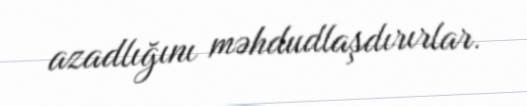
azadlığını məhdudlaşdırırlar.